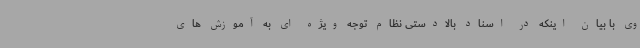
وی با بیان اینکه در اسناد بالادستی نظام توجه ویژه ای به آموزش های